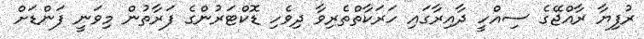
ރުފިޔާ ރާއްޖޭގެ ސިއްހީ ދާއިރާގައި ހަރަކާތްތެރިވާ ދިވެހި ޑޮކްޓަރުންގެ ފަރާތުން މިވަނީ ފަންޑަށް